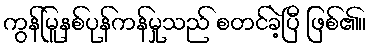
ကွန်မြူနစ်ပုန်ကန်မှုသည် စတင်ခဲ့ပြီ ဖြစ်၏။